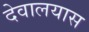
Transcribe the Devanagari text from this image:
देवालयास